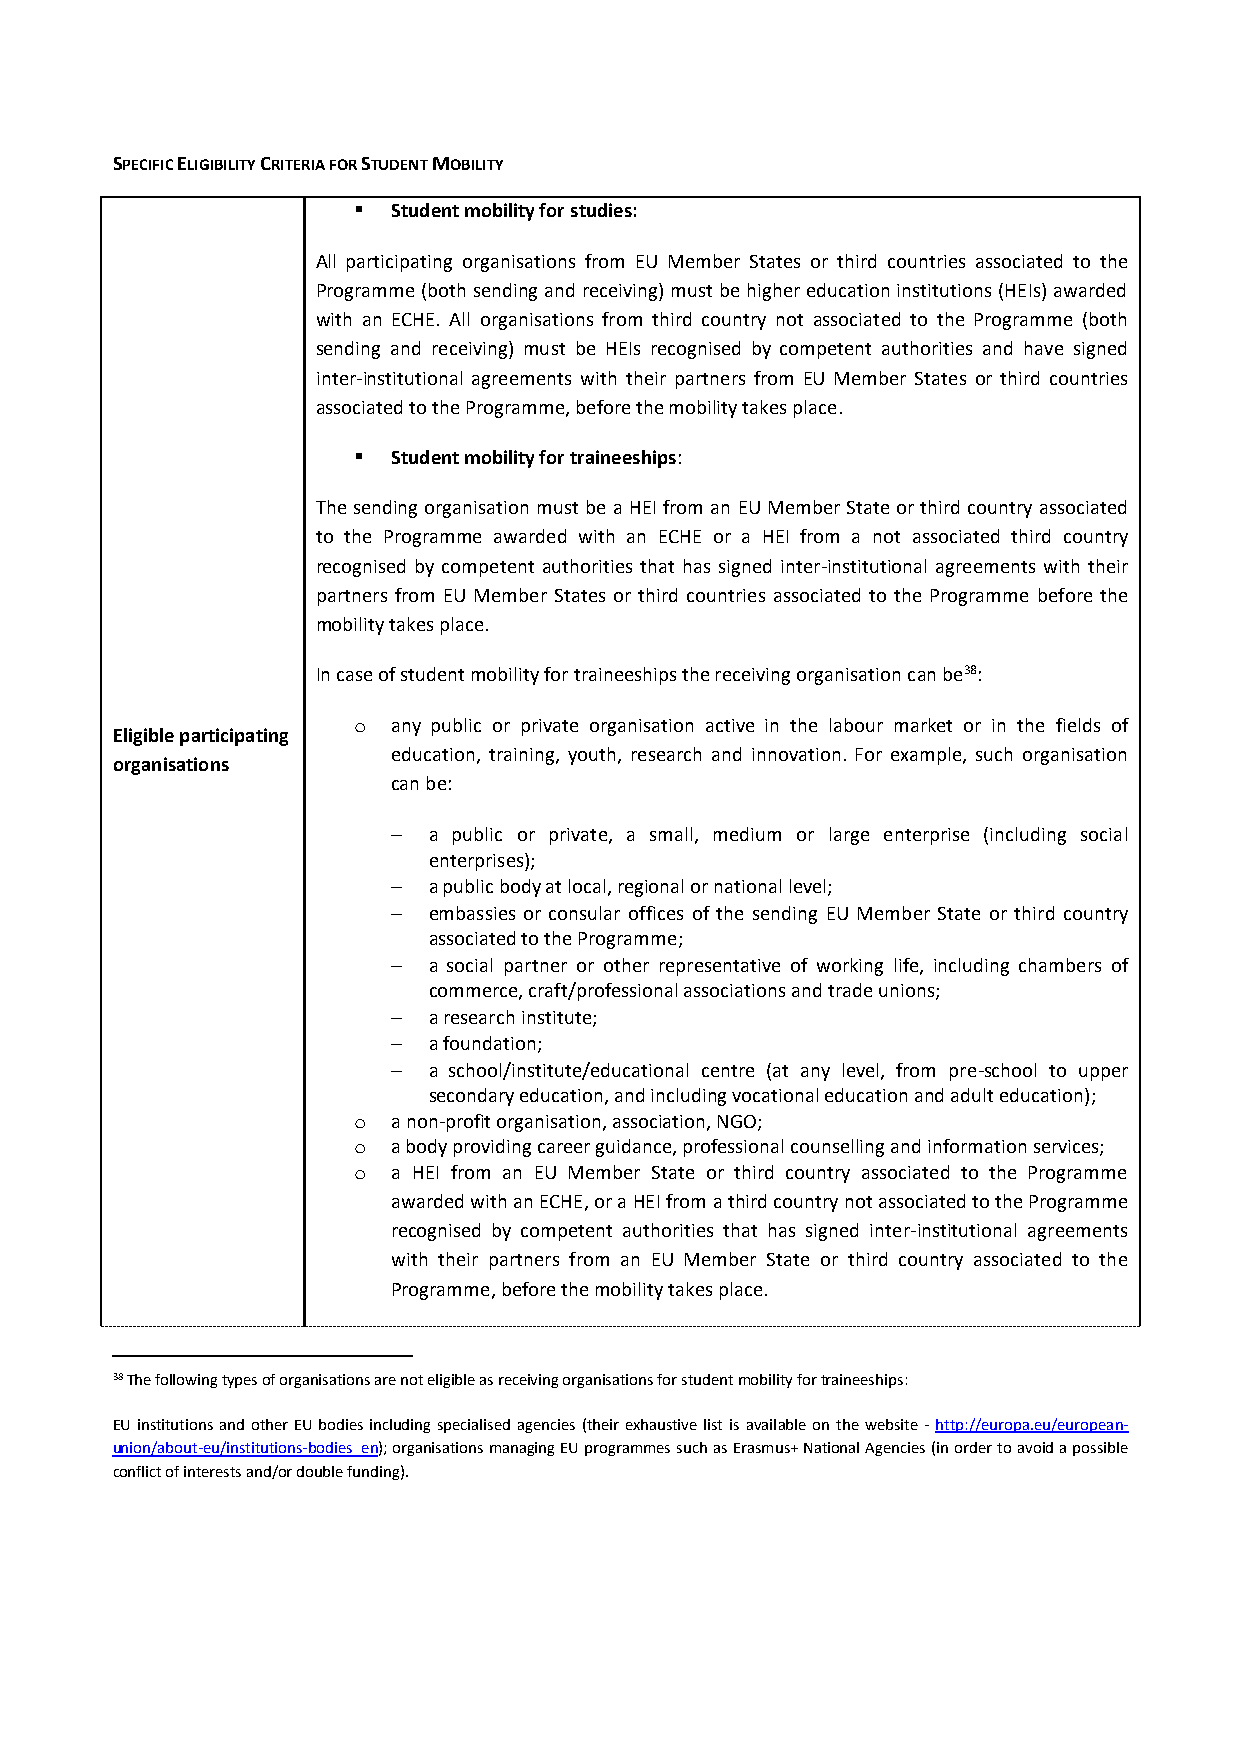
SPECIFIC ELIGIBILITY CRITERIA FOR STUDENT MOBILITY
   Student mobility for studies:
 All participating organisations from EU Member States or third countries associated to the
 Programme (both sending and receiving) must be higher education institutions (HEIs) awarded
 with an ECHE. All organisations from third country not associated to the Programme (both
 sending and receiving) must be HEIs recognised by competent authorities and have signed
 inter-institutional agreements with their partners from EU Member States or third countries
 associated to the Programme, before the mobility takes place.
   Student mobility for traineeships:
 The sending organisation must be a HEI from an EU Member State or third country associated
 to the Programme awarded with an ECHE or a HEI from a not associated third country
 recognised by competent authorities that has signed inter-institutional agreements with their
 partners from EU Member States or third countries associated to the Programme before the
 mobility takes place.
 In case of student mobility for traineeships the receiving organisation can be38:
 o  any public or private organisation active in the labour market or in the fields of
 Eligible participating
 education, training, youth, research and innovation. For example, such organisation
 organisations
 can be:
  a public or private, a small, medium or large enterprise (including social
 enterprises);
  a public body at local, regional or national level;
  embassies or consular offices of the sending EU Member State or third country
 associated to the Programme;
  a social partner or other representative of working life, including chambers of
 commerce, craft/professional associations and trade unions;
  a research institute;
  a foundation;
  a school/institute/educational centre (at any level, from pre-school to upper
 secondary education, and including vocational education and adult education);
 o  a non-profit organisation, association, NGO;
 o  a body providing career guidance, professional counselling and information services;
 o  a HEI from an EU Member State or third country associated to the Programme
 awarded with an ECHE, or a HEI from a third country not associated to the Programme
 recognised by competent authorities that has signed inter-institutional agreements
 with their partners from an EU Member State or third country associated to the
 Programme, before the mobility takes place.
 38 The following types of organisations are not eligible as receiving organisations for student mobility for traineeships:
 EU institutions and other EU bodies including specialised agencies (their exhaustive list is available on the website - http://europa.eu/european-
 union/about-eu/institutions-bodies_en); organisations managing EU programmes such as Erasmus+ National Agencies (in order to avoid a possible
 conflict of interests and/or double funding).